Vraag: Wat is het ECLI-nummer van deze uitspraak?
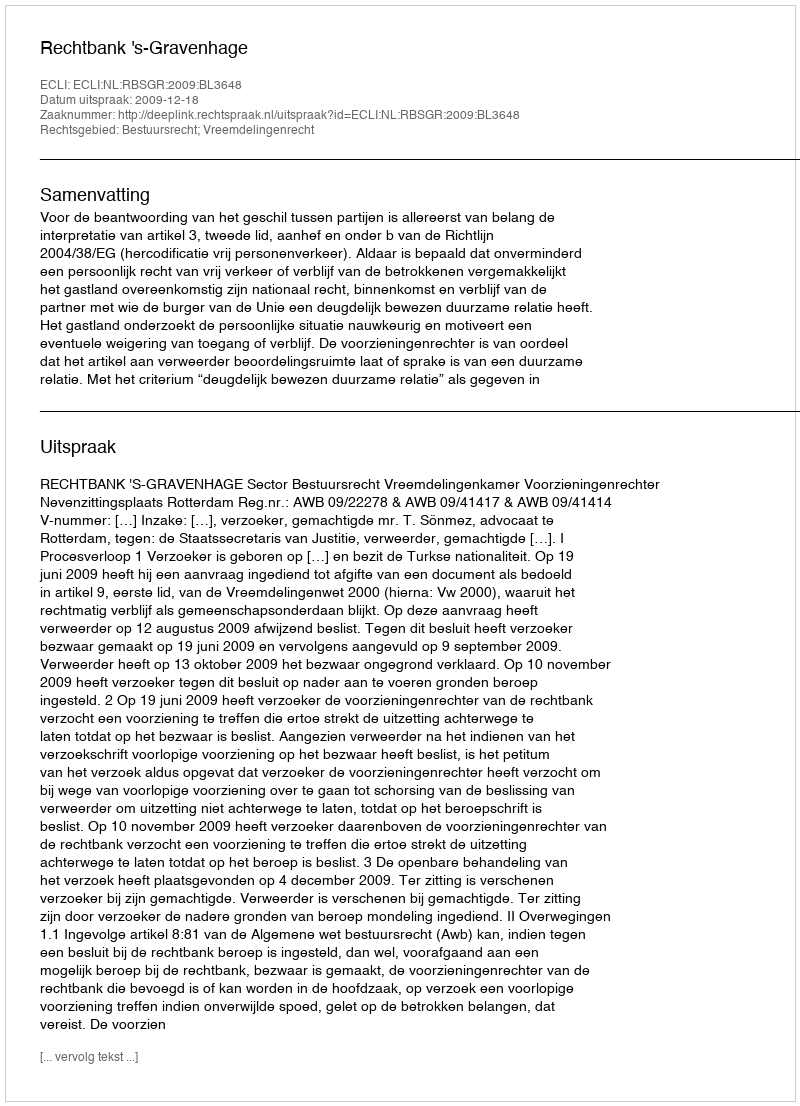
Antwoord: ECLI:NL:RBSGR:2009:BL3648